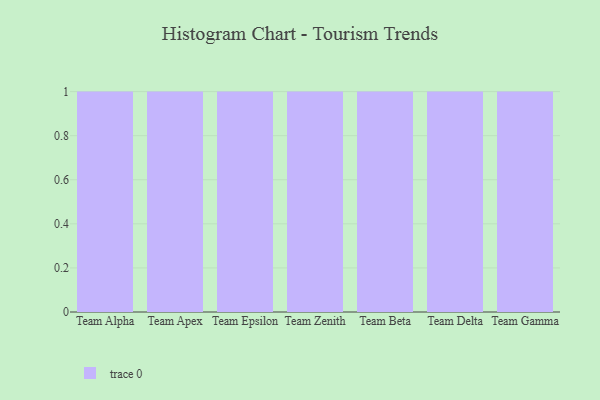
{"axis": {"x": "Team", "y": "Churn Rate (%)"}, "legend": [""], "data": [{"x": "Team Alpha", "y": 28, "type": ""}, {"x": "Team Apex", "y": 82, "type": ""}, {"x": "Team Epsilon", "y": 49, "type": ""}, {"x": "Team Zenith", "y": 2, "type": ""}, {"x": "Team Beta", "y": 9, "type": ""}, {"x": "Team Delta", "y": 45, "type": ""}, {"x": "Team Gamma", "y": 92, "type": ""}]}